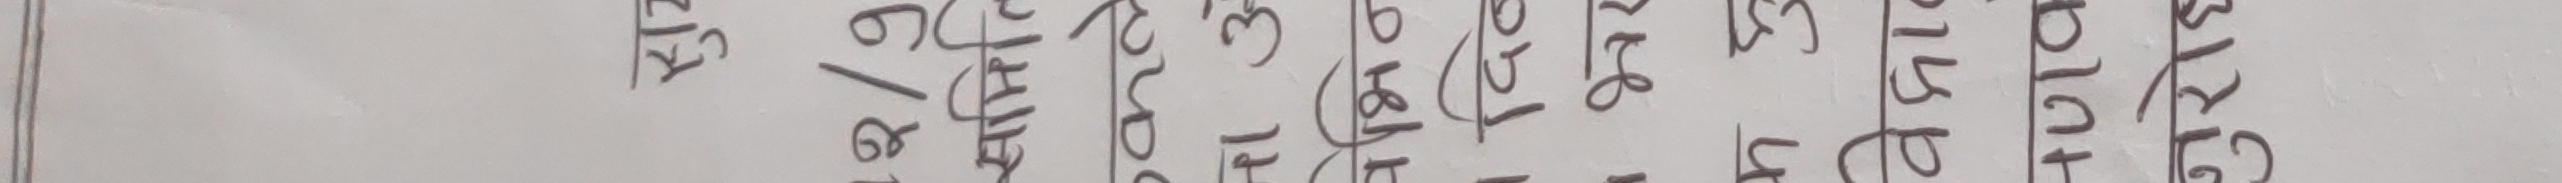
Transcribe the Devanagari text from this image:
कि किताब
६ किराया
७ किरण
८ किनार
गिनती